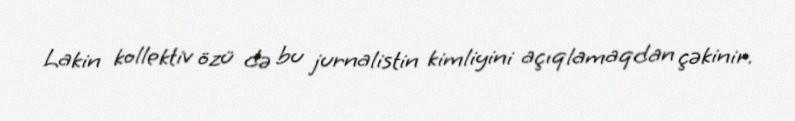
Lakin kollektiv özü də bu jurnalistin kimliyini açıqlamaqdan çəkinir.